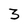
Character: 3